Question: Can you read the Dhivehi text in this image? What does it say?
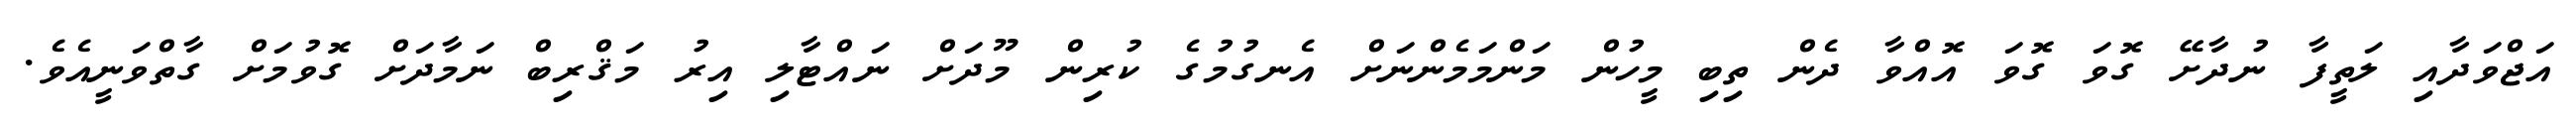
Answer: އަޖްވަދާއި ލަތީފާ ނުދާށޭ ގޮވަ ގޮވަ އޮއްވާ ދެން ތިބި މީހުން މަންމަމެންނަށް އެނގުމުގެ ކުރިން މޫދަށް ނައްޓާލި އިރު މަޤްރިބް ނަމާދަށް ގޮވުމަށް ގާތްވަނީއެވެ.